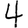
Digit: 4